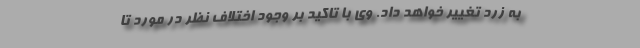
به زرد تغییر خواهد داد. وی با تاکید بر وجود اختلاف نظر در مورد تا